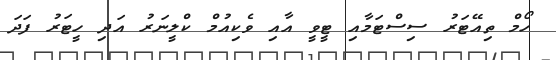
ހޯމް ތިއޭޓަރު ސިސްޓަމާއި ޓީވީ އާއި ވެކިއުމް ކްލީނަރު އަދި ހީޓަރު ފަދަ